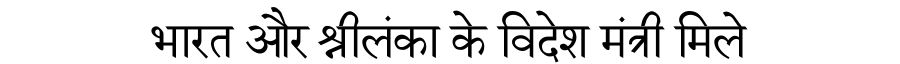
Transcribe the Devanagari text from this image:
भारत और श्रीलंका के विदेश मंत्री मिले